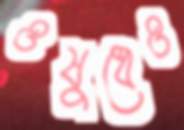
ওষুধেও